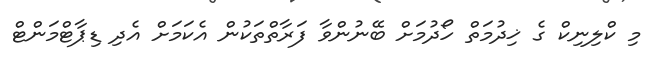
މި ކްލިނިކް ގެ ޚިދުމަތް ހޯދުމަށް ބޭނުންވާ ފަރާތްތަކުން އެކަމަށް އެދި ޑިޕާޓްމަންޓް